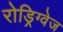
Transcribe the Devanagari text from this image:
रोड्रिग्वेज